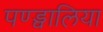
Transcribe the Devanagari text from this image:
पण्ड्वालिया